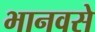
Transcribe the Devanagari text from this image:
भानवसे